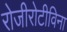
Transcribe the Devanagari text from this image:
रोजीरोटीविना